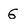
Character: G